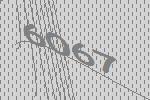
6067